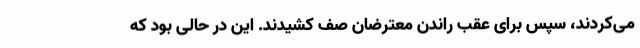
می‌کردند، سپس برای عقب راندن معترضان صف کشیدند. این در حالی بود که